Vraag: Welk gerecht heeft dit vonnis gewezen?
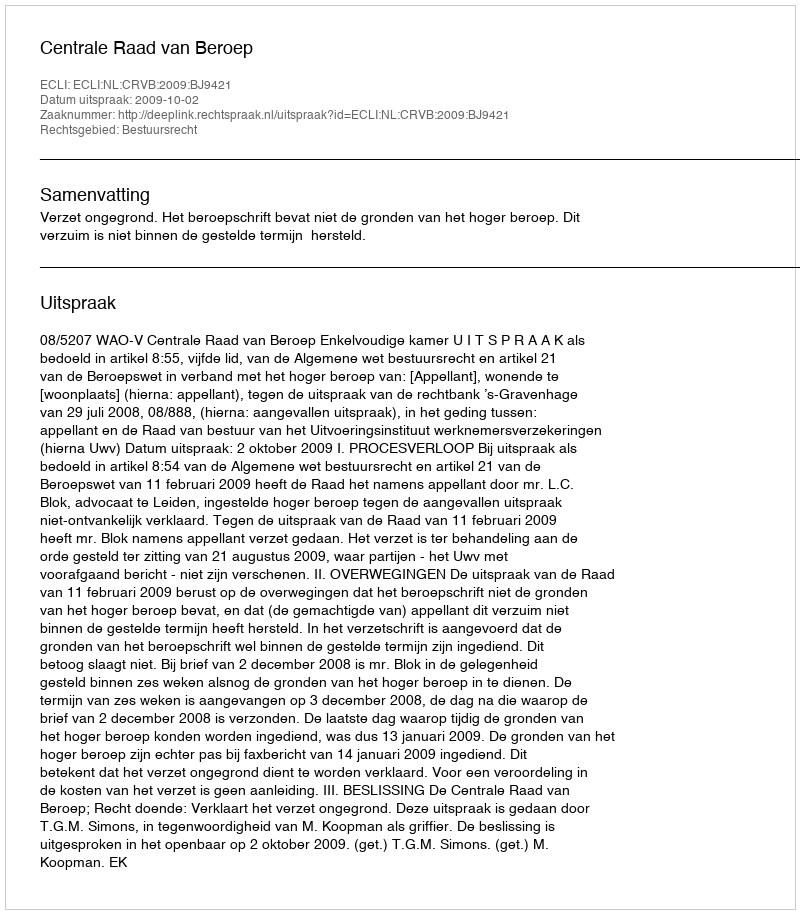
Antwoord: Centrale Raad van Beroep